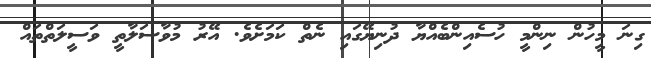
ގިނަ މީހުން ނިންމީ ހުސެއިންބެއްޔާ ދުނިޔޭގައި ނެތް ކަމަށެވެ. އޭރު މުވާސަލާތީ ވަސީލަތްތައް